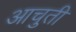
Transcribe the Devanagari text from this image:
आचुती